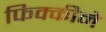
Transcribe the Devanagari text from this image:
फिक्कीने